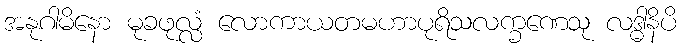
အနုဂါမိနော မုခဖုလ္လံ လောကာယတမဟာပုရိသလက္ခဏေသု လဒ္ဓါနိပိ